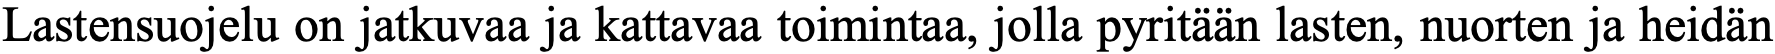
Lastensuojelu on jatkuvaa ja kattavaa toimintaa, jolla pyritään lasten, nuorten ja heidän